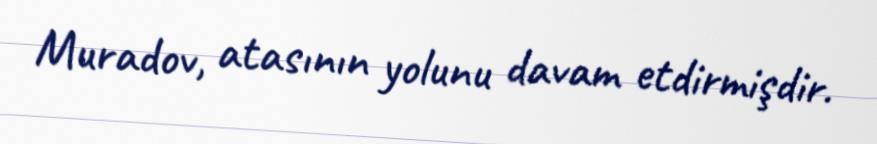
Muradov, atasının yolunu davam etdirmişdir.